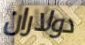
دولاران